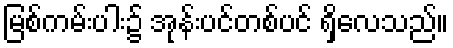
မြစ်ကမ်းပါး၌ အုန်းပင်တစ်ပင် ရှိလေသည်။